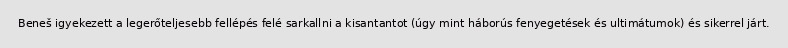
Beneš igyekezett a legerőteljesebb fellépés felé sarkallni a kisantantot (úgy mint háborús fenyegetések és ultimátumok) és sikerrel járt.